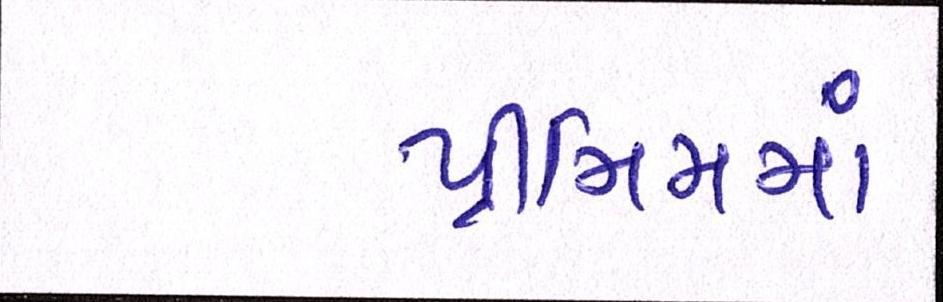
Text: પ્રીમિમમાં